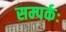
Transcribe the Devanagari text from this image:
सम्पर्कः